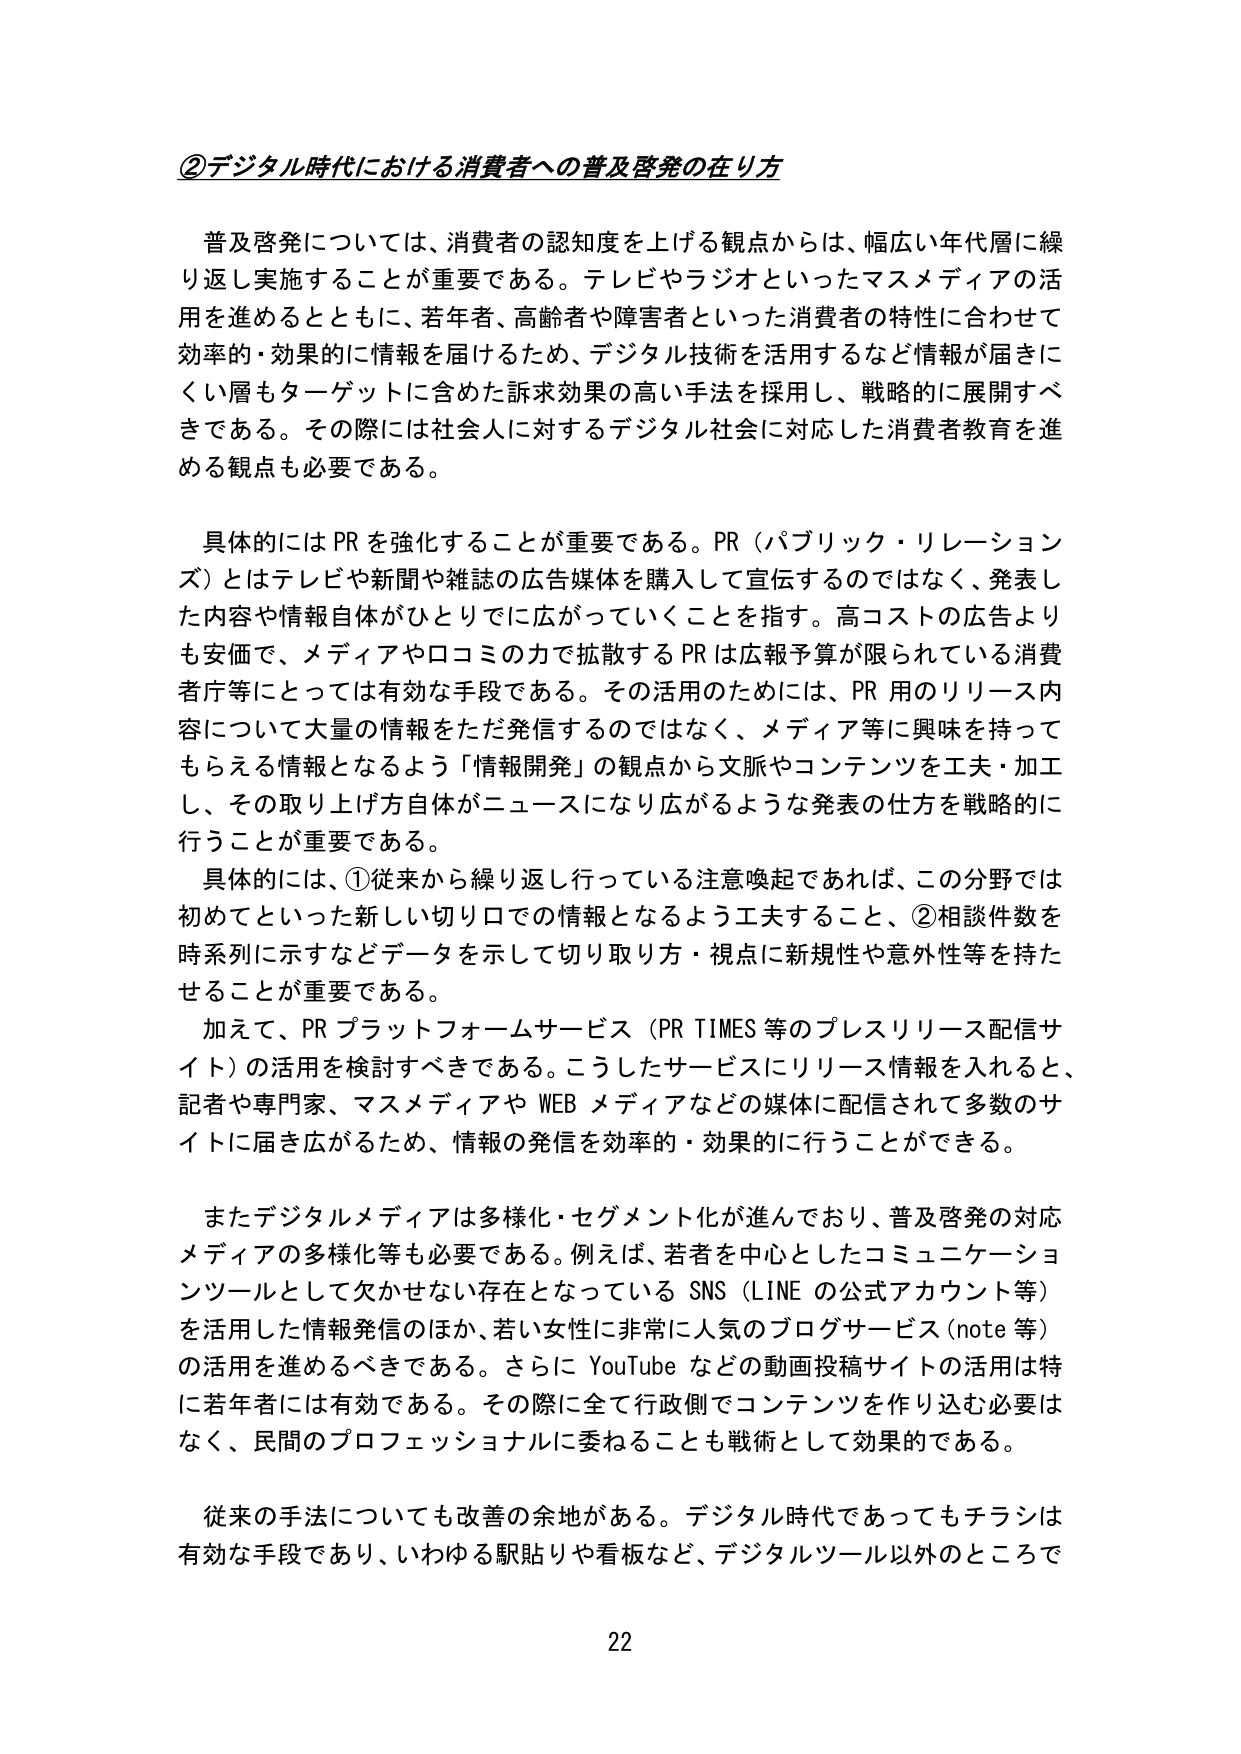
②デジタル時代における消費者への普及啓発の在り方

普及啓発については、消費者の認知度を上げる観点からは、幅広い年代層に繰り返し実施することが重要である。テレビやラジオといったマスメディアの活用を進めるとともに、若年者、高齢者や障害者といった消費者の特性に合わせて効率的・効果的に情報を届けるため、デジタル技術を活用するなど情報が届きにくい層もターゲットに含めた訴求効果の高い手法を採用し、戦略的に展開すべきである。その際には社会人に対するデジタル社会に対応した消費者教育を進める観点も必要である。

具体的にはPRを強化することが重要である。PR（パブリック・リレーションズ）とはテレビや新聞や雑誌の広告媒体を購入して宣伝するのではなく、発表した内容や情報自体がひとりでに広がっていくことを指す。高コストの広告よりも安価で、メディアや口コミの力で拡散するPRは広報予算が限られている消費者庁等にとっては有効な手段である。その活用のためには、PR用のリリース内容について大量の情報をただ発信するのではなく、メディア等に興味を持ってもらえる情報となるよう「情報開発」の観点から文脈やコンテンツを工夫・加工し、その取り上げ方自体がニュースになり広がるような発表の仕方を戦略的に行うことが重要である。

具体的には、①従来から繰り返し行っている注意喚起であれば、この分野では初めてといった新しい切り口での情報となるよう工夫すること、②相談件数を時系列に示すなどデータを示して切り取り方・視点に新規性や意外性等を持たせることが重要である。

加えて、PRプラットフォームサービス（PR TIMES等のプレスリリース配信サイト）の活用を検討すべきである。こうしたサービスにリリース情報を入れると、記者や専門家、マスメディアやWEBメディアなどの媒体に配信されて多数のサイトに届き広がるため、情報の発信を効率的・効果的に行うことができる。

またデジタルメディアは多様化・セグメント化が進んでおり、普及啓発の対応メディアの多様化等も必要である。例えば、若者を中心としたコミュニケーションツールとして欠かせない存在となっているSNS（LINEの公式アカウント等）を活用した情報発信のほか、若い女性に非常に人気のブログサービス（note等）の活用を進めるべきである。さらにYouTubeなどの動画投稿サイトの活用は特に若年者には有効である。その際に全て行政側でコンテンツを作り込む必要はなく、民間のプロフェッショナルに委ねることも戦術として効果的である。

従来の手法についても改善の余地がある。デジタル時代であってもチラシは有効な手段であり、いわゆる駅貼りや看板など、デジタルツール以外のところで

22